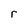
Character: r